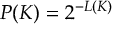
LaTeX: P ( K ) = 2 ^ { - L ( K ) }